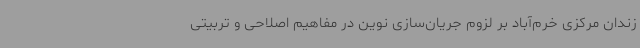
زندان مرکزی خرم‌آباد بر لزوم جریان‌سازی نوین در مفاهیم اصلاحی و تربیتی